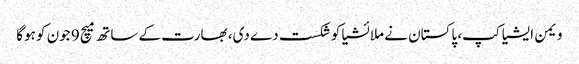
ویمن ایشیا کپ، پاکستان نے ملائشیا کو شکست دے دی، بھارت کے ساتھ میچ 9 جون کو ہوگا